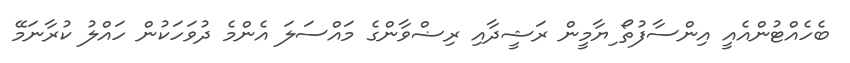
ބެހެއްޓުންއެއީ އިންސާފުތޯ ިޔާމީން ރަޝީދާއި ރިޟްވާންގެ މައްސަލަ އެންމެ ދުވަހަކުން ހައްލު ކުރާނަމޭ